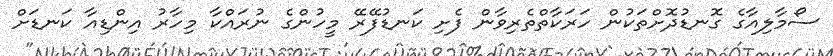
ސޯމާލިއާގެ ގޮނޑުދޮށްތަކުން ހަރަކާތްތެރިވާން ފެށި ކަނޑުފޭރޭ މީހުންގެ ނުރައްކާ މިހާރު އިންޑިއާ ކަނޑަށް